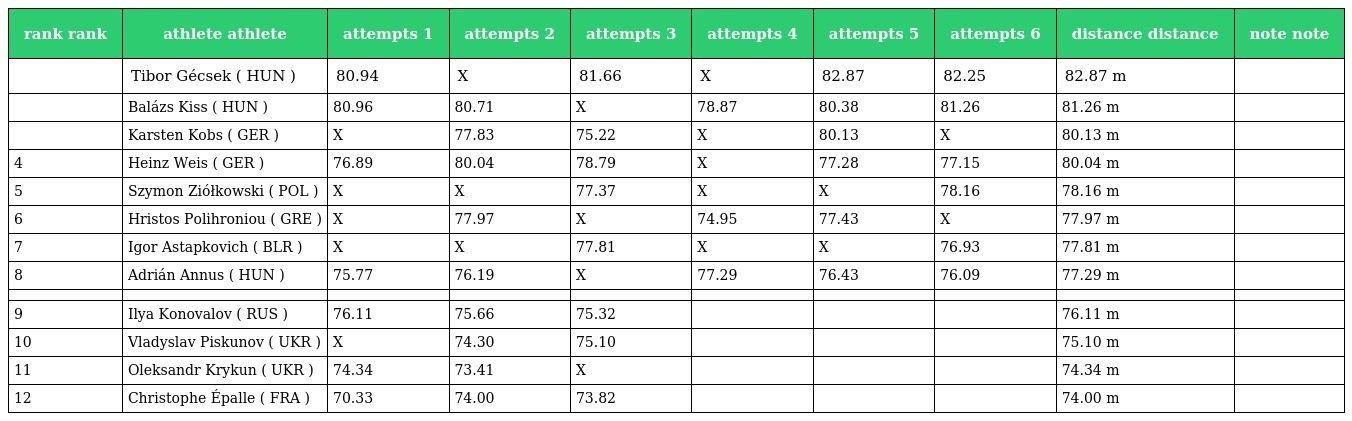
| rank rank | athlete athlete | attempts 1 | attempts 2 | attempts 3 | attempts 4 | attempts 5 | attempts 6 | distance distance | note note |
 | --- | --- | --- | --- | --- | --- | --- | --- | --- | --- |
 |  | Tibor Gécsek ( HUN ) | 80.94 | X | 81.66 | X | 82.87 | 82.25 | 82.87 m |  |
 |  | Balázs Kiss ( HUN ) | 80.96 | 80.71 | X | 78.87 | 80.38 | 81.26 | 81.26 m |  |
 |  | Karsten Kobs ( GER ) | X | 77.83 | 75.22 | X | 80.13 | X | 80.13 m |  |
 | 4 | Heinz Weis ( GER ) | 76.89 | 80.04 | 78.79 | X | 77.28 | 77.15 | 80.04 m |  |
 | 5 | Szymon Ziółkowski ( POL ) | X | X | 77.37 | X | X | 78.16 | 78.16 m |  |
 | 6 | Hristos Polihroniou ( GRE ) | X | 77.97 | X | 74.95 | 77.43 | X | 77.97 m |  |
 | 7 | Igor Astapkovich ( BLR ) | X | X | 77.81 | X | X | 76.93 | 77.81 m |  |
 | 8 | Adrián Annus ( HUN ) | 75.77 | 76.19 | X | 77.29 | 76.43 | 76.09 | 77.29 m |  |
 |  |  |  |  |  |  |  |  |  |  |
 | 9 | Ilya Konovalov ( RUS ) | 76.11 | 75.66 | 75.32 |  |  |  | 76.11 m |  |
 | 10 | Vladyslav Piskunov ( UKR ) | X | 74.30 | 75.10 |  |  |  | 75.10 m |  |
 | 11 | Oleksandr Krykun ( UKR ) | 74.34 | 73.41 | X |  |  |  | 74.34 m |  |
 | 12 | Christophe Épalle ( FRA ) | 70.33 | 74.00 | 73.82 |  |  |  | 74.00 m |  |